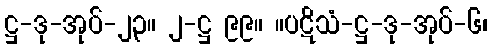
ဋ္ဌ-ဒု-အုပ်-၂၃။ ၂-ဋ္ဌ ၉၉။ ။ပဋိသံ-ဋ္ဌ-ဒု-အုပ်-၆၊